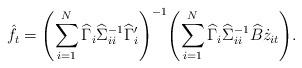
LaTeX: \begin{align*}\hat f_t=\Biggl(\sum_{i=1}^N\widehat\Gamma_i\widehat\Sigma_{ii}^{-1}\widehat\Gamma_i'\Biggr)^{-1} \Biggl(\sum_{i=1}^N\widehat\Gamma_i\widehat\Sigma_{ii}^{-1}\widehat B\dot z_{it}\Biggr).\end{align*}